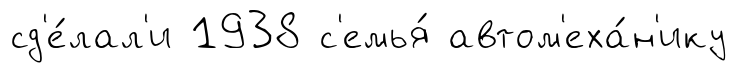
сд'е́лал'и 1938 с'емья́ автом'еха́н'ику